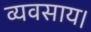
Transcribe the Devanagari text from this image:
व्यवसाय।